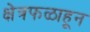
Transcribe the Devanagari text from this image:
क्षेत्रफळाहून